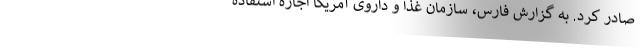
صادر کرد. به گزارش فارس، سازمان غذا و داروی آمریکا اجازه استفاده